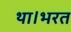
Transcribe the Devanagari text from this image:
था।भरत